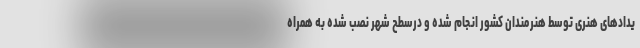
یدادهای هنری توسط هنرمندان کشور انجام شده و درسطح شهر نصب شده به همراه